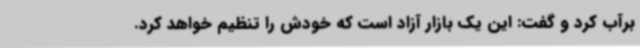
برآب کرد و گفت: این یک بازار آزاد است که خودش را تنظیم خواهد کرد.